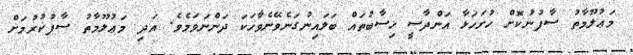
މަޢުލޫމާތު ސާފުނުކޮށް ހުށަހަޅާ އަންދާސީ ހިސާބުތައް ބަލައިނުގަނެވޭނެވާހަކަ ދަންނަވަމެވެ. އަދި މަޢުލޫމާތު ސާފުކުރުމަށް